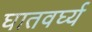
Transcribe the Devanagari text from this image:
घातवर्घ्य